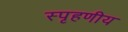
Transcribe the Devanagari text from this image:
स्‍पृहणीय